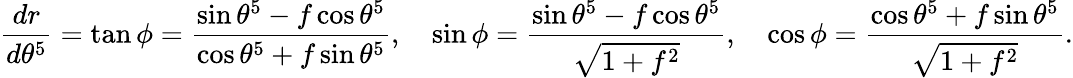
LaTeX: \frac{dr}{d\theta^{5}}=\tan\phi=\frac{\sin\theta^{5}-f\cos\theta^{5}}{\cos\theta^{5}+f\sin\theta^{5}},\quad\sin\phi=\frac{\sin\theta^{5}-f\cos\theta^{5}}{\sqrt{1+f^{2}}},\quad\cos\phi=\frac{\cos\theta^{5}+f\sin\theta^{5}}{\sqrt{1+f^{2}}}.